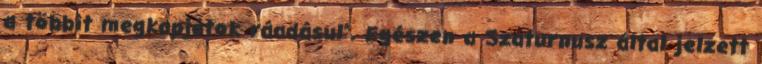
a többit megkapjátok ráadásul”. Egészen a Szaturnusz által jelzett